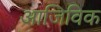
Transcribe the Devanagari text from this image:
आजिविक